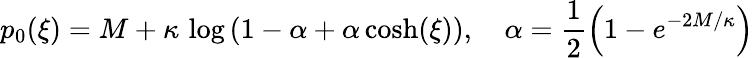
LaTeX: p_{0}(\xi)=M+\kappa\, \log\left(1-\alpha+\alpha\, {\cosh}(\xi)\right),\quad\alpha=\frac 12\left(1-e^{-2M/\kappa}\right)